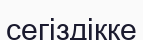
сегіздікке